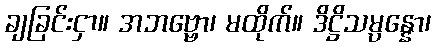
ချခြင်းငှာ။ အဘဗ္ဗော၊ မထိုက်။ ဒိဋ္ဌိသမ္ပန္နော၊